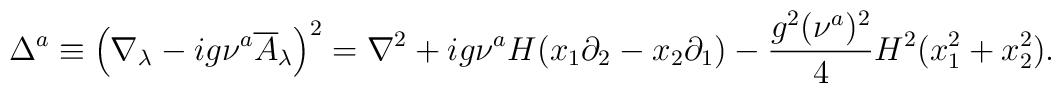
\Delta^a \equiv\left( \nabla_{\lambda} -i g \nu^a \overline{A}_{\lambda} \right)^2=\nabla^2 +ig \nu^a H (x_1 \partial_2 - x_2 \partial_1)-{g^2 (\nu^a)^2 \over 4} H^2 (x_1^2+x_2^2) .